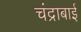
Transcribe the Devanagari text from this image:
चंद्राबाई